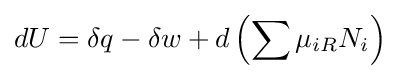
dU=\delta q-\delta w+d\left(\sum \mu _{iR}N_{i}\right)